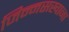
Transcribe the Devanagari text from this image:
जिन्नसखाना